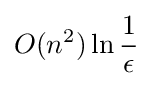
O(n^{2})\ln {\frac {1}{\epsilon }}